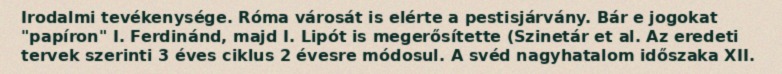
Irodalmi tevékenysége. Róma városát is elérte a pestisjárvány. Bár e jogokat "papíron" I. Ferdinánd, majd I. Lipót is megerősítette (Szinetár et al. Az eredeti tervek szerinti 3 éves ciklus 2 évesre módosul. A svéd nagyhatalom időszaka XII.